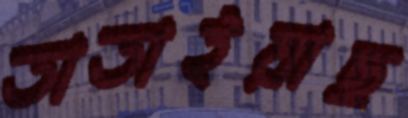
তাতাইয়াছ